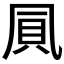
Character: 𠙒